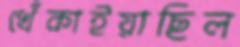
খেঁকাইয়াছিল